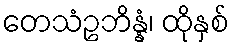
တေသံဥဘိန္နံ၊ ထိုနှစ်